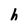
Character: h